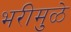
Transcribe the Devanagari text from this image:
भरीमुळे